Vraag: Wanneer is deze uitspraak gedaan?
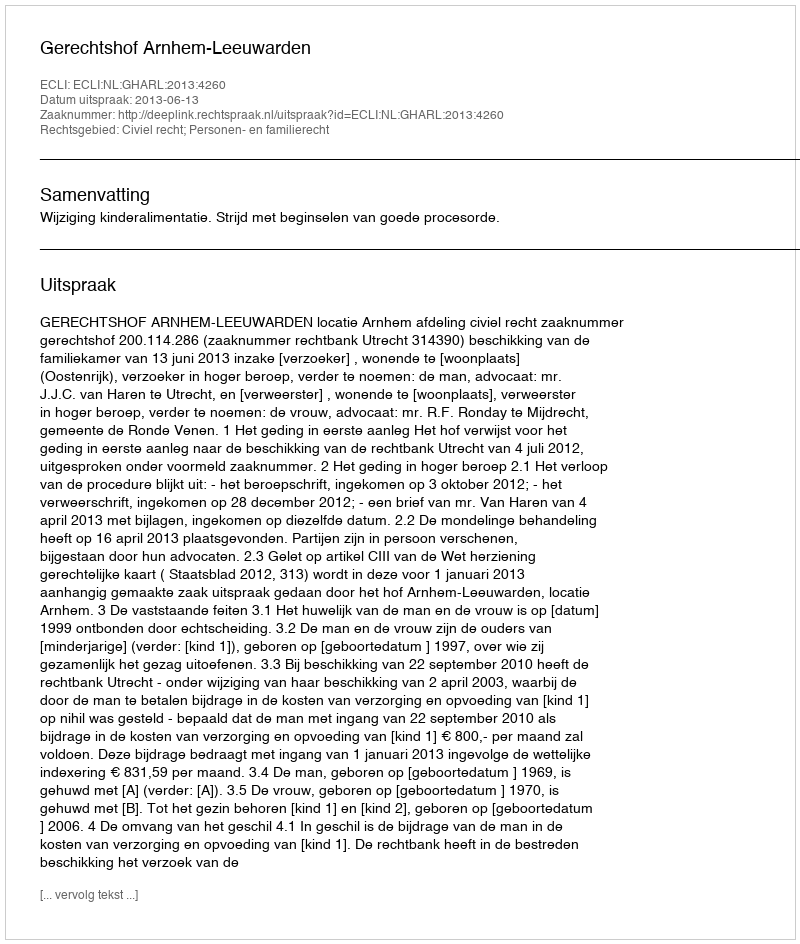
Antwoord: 2013-06-13